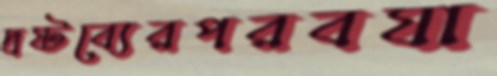
দ্রষ্টব্যেরপরবযা